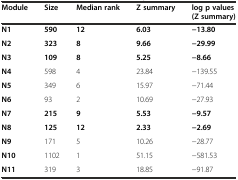
<table><thead><tr><td><b>Module</b></td><td><b>Size</b></td><td><b>Median rank</b></td><td><b>Z summary</b></td><td><b>log p values (Z summary)</b></td></tr></thead><tbody><tr><td><b>N1</b></td><td><b>590</b></td><td><b>12</b></td><td><b>6.03</b></td><td><b>−13.80</b></td></tr><tr><td><b>N2</b></td><td><b>323</b></td><td><b>8</b></td><td><b>9.66</b></td><td><b>−29.99</b></td></tr><tr><td><b>N3</b></td><td><b>109</b></td><td><b>8</b></td><td><b>5.25</b></td><td><b>−8.66</b></td></tr><tr><td><b>N4</b></td><td>598</td><td>4</td><td>23.84</td><td>−139.55</td></tr><tr><td><b>N5</b></td><td>349</td><td>6</td><td>15.97</td><td>−71.44</td></tr><tr><td><b>N6</b></td><td>93</td><td>2</td><td>10.69</td><td>−27.93</td></tr><tr><td><b>N7</b></td><td><b>215</b></td><td><b>9</b></td><td><b>5.53</b></td><td><b>−9.57</b></td></tr><tr><td><b>N8</b></td><td><b>125</b></td><td><b>12</b></td><td><b>2.33</b></td><td><b>−2.69</b></td></tr><tr><td><b>N9</b></td><td>171</td><td>5</td><td>10.26</td><td>−28.77</td></tr><tr><td><b>N10</b></td><td>1102</td><td>1</td><td>51.15</td><td>−581.53</td></tr><tr><td><b>N11</b></td><td>319</td><td>3</td><td>18.85</td><td>−91.87</td></tr></tbody></table>